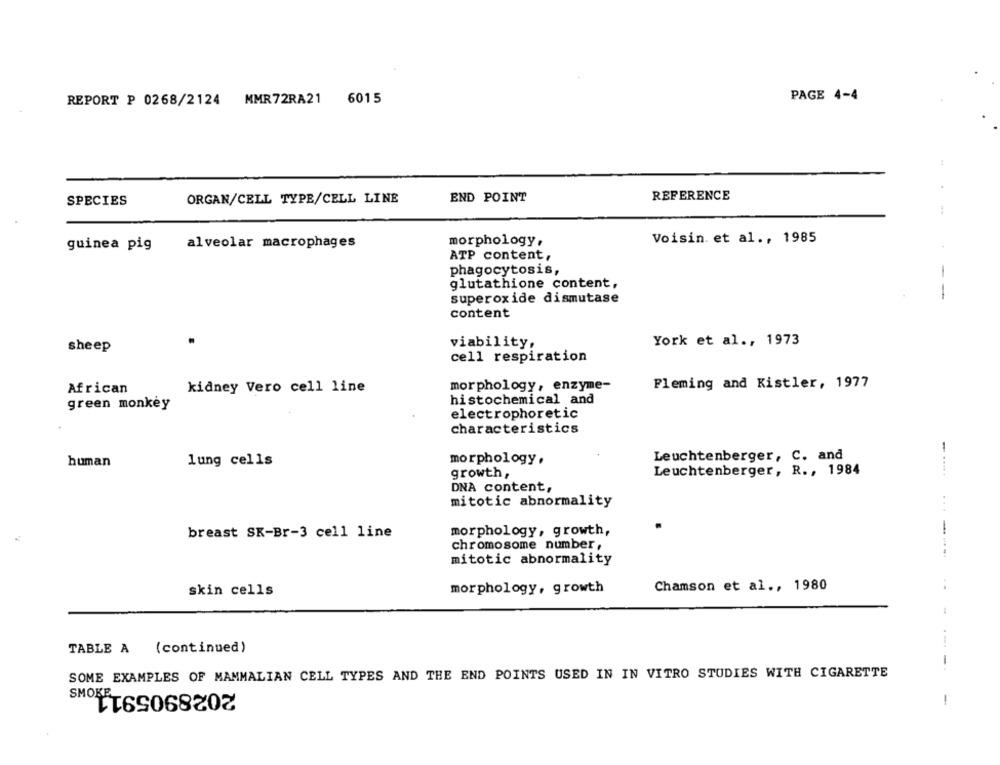
PAGE 4-4
REPORT P 0268/2124 MMR72RA21 6015
:
END POINT
REFERENCE
SPECIES
ORGAN/CELL TYPE/CELL LINE
.-
alveolar macrophages
morphology,
Voisin. et al ., 1985
guinea pig
ATP content,
phagocytosis,
glutathione content,
superoxide dismutase
--
content
viability,
York et al ., 1973
sheep
cell respiration
African
kidney Vero cell line
morphology, enzyme-
Fleming and Kistler, 1977
green monkey
histochemical and
electrophoretic
characteristics
Leuchtenberger, C. and
human
lung cells
morphology,
growth,
Leuchtenberger, R ., 1984
DNA content,
mitotic abnormality
breast SK-Br-3 cell line
morphology, growth,
chromosome number,
mitotic abnormality
morphology, growth
Chamson et al ., 1980
skin cells
.-.
TABLE A (continued)
--
SOME EXAMPLES OF MAMMALIAN CELL TYPES AND THE END POINTS USED IN IN VITRO STUDIES WITH CIGARETTE
2028905911
SMOKE
-